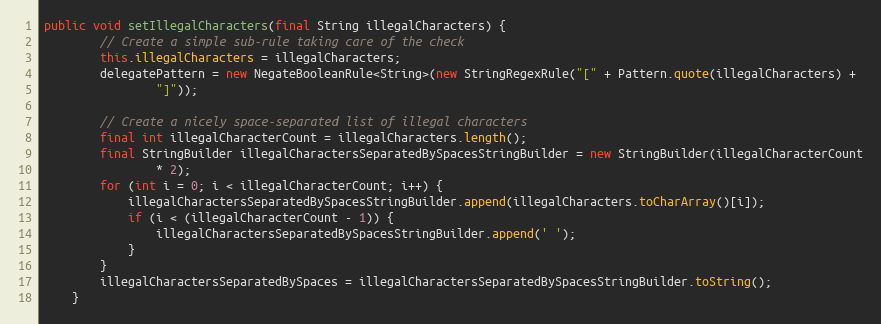
Language: Java
public void setIllegalCharacters(final String illegalCharacters) {
        // Create a simple sub-rule taking care of the check
        this.illegalCharacters = illegalCharacters;
        delegatePattern = new NegateBooleanRule<String>(new StringRegexRule("[" + Pattern.quote(illegalCharacters) +
                "]"));

        // Create a nicely space-separated list of illegal characters
        final int illegalCharacterCount = illegalCharacters.length();
        final StringBuilder illegalCharactersSeparatedBySpacesStringBuilder = new StringBuilder(illegalCharacterCount
                * 2);
        for (int i = 0; i < illegalCharacterCount; i++) {
            illegalCharactersSeparatedBySpacesStringBuilder.append(illegalCharacters.toCharArray()[i]);
            if (i < (illegalCharacterCount - 1)) {
                illegalCharactersSeparatedBySpacesStringBuilder.append(' ');
            }
        }
        illegalCharactersSeparatedBySpaces = illegalCharactersSeparatedBySpacesStringBuilder.toString();
    }